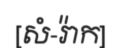
[សំ-រ៉ាក]